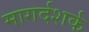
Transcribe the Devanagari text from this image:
मागर्दशर्क